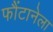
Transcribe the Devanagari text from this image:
फौंटानेला